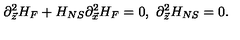
\partial _ { \vec { z } } ^ { 2 } H _ { F } + H _ { N S } \partial _ { \vec { x } } ^ { 2 } H _ { F } = 0 , \ \partial _ { \vec { z } } ^ { 2 } H _ { N S } = 0 .